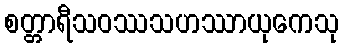
စတ္တာရီသဝဿသဟဿာယုကေသု